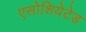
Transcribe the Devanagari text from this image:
एसोशियेटेड